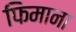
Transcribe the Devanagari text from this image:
फिमाना